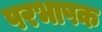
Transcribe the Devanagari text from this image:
परभाषक